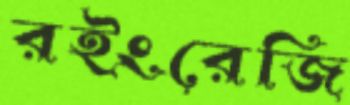
রইংরেজি